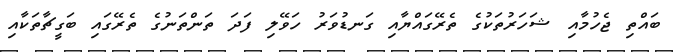
ބައްތި ޖެހުމާއި ޝަހަރުތަކުގެ ތެރޭގައްޔާއި ގަނޑުވަރު ހަވޭލި ފަދަ ތަންތަނުގެ ތެރޭގައި ބަގީޗާތަކާއި